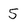
Character: 5